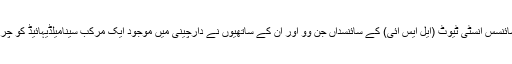
یونیورسٹی آف مشی گن میں واقع لائف سائنسس انسٹی ٹیوٹ (ایل ایس آئی) کے سائنسداں جُن وو اور ان کے ساتھیوں نے دارچینی میں موجود ایک مرکب سینامیلڈیہائیڈ کو چربی کے خلیات (فیٹ سیلز) پر آزمایا ہے۔